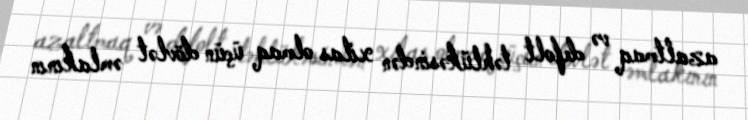
azaltmaq və defolt təhlükəsindən xilas olmaq üçün dövlət əmlakının